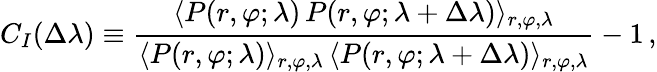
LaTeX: C_{I}(\Delta\lambda)\equiv\frac{\langle P(r,\varphi;\lambda)\, P(r,\varphi;\lambda+\Delta\lambda)\rangle_{r,\varphi,\lambda}}{\langle P(r,\varphi;\lambda)\rangle_{r,\varphi,\lambda}\, \langle{P(r,\varphi;\lambda+\Delta\lambda)\rangle_{r,\varphi,\lambda}}}-1\, ,